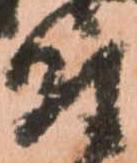
付